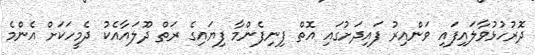
ދޮރުހުޅުވާލައިފައި ވަންއިރު ފައިދަށުގައި އޮތް ފިނިފެންމާ ފިޔައިގެ ރަތް ދޫލައާއެކު ދެމީހަކަށް އެންމެ